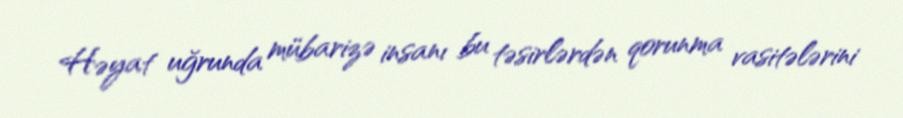
Həyat uğrunda mübarizə insanı bu təsirlərdən qorunma vasitələrini